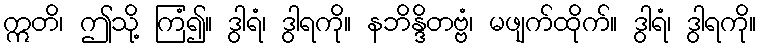
ဣတိ၊ ဤသို့ ကြံ၍။ ဒွါရံ၊ ဒွါရကို။ နဘိန္ဒိတဗ္ဗံ၊ မဖျက်ထိုက်။ ဒွါရံ၊ ဒွါရကို။